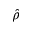
\widehat { \rho }